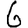
Digit: 6